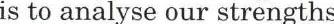
is to analyse our strengths